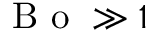
\mathrm { ~ B ~ o ~ } \gg 1